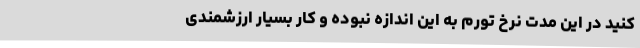
کنید در این مدت نرخ تورم به این اندازه نبوده و کار بسیار ارزشمندی